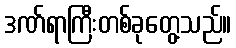
ဒဏ်ရာကြီးတစ်ခုတွေ့သည်။